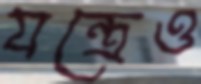
যন্ত্রেও